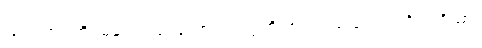
ဖြင့်။ အဂတိဂမနံ၊ လည်းကောင်း။ ဣတိ အယံ၊ သည်။ တတိယ ဒိသာ၊